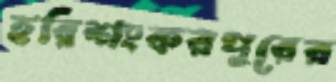
হরিশংকরপুরের